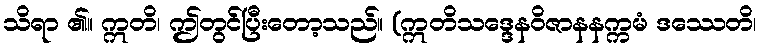
သိရာ ၏။ ဣတိ၊ ဤတွင်ပြီးတော့သည်။ (ဣတိသဒ္ဒေနဝိဇာနနက္ကမံ ဒဿေတိ၊